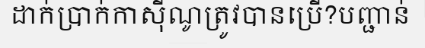
ដាក់ប្រាក់កាស៊ីណូត្រូវបានប្រើ?បញ្ជាន់